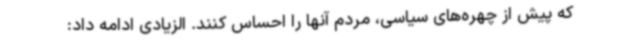
که پیش از چهره‌های سیاسی، مردم آنها را احساس کنند. الزیادی ادامه داد: